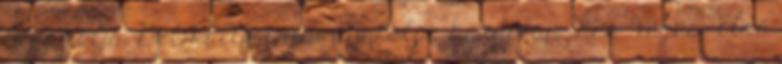
A gát alja. Dél-Kaliforniai nyaralás kezdölap Las Vegas: Elsö